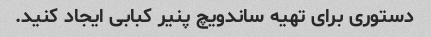
دستوری برای تهیه ساندویچ پنیر کبابی ایجاد کنید.